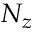
N _ { z }